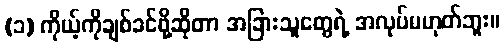
(၁) ကိုယ့်ကိုချစ်ခင်ဖို့ဆိုတာ အခြားသူတွေရဲ့ အလုပ်မဟုတ်ဘူး။